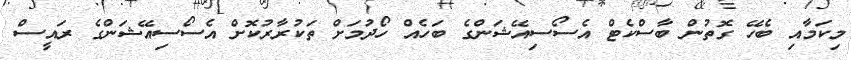
މިކަމާއި ބެހޭ ގޮތުން ބާސްކެޓް އެސޯސިއޭޝަންގެ ބަހެއް ހޯދުމަށް ތަކުރާރުކޮށް އެސޯސިއޭޝަންގެ ރައީސް